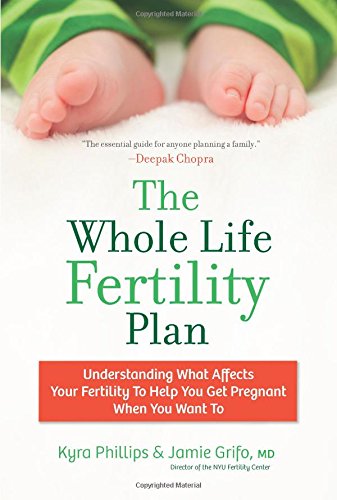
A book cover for The Whole Life Fertility Plan: Understanding What Affects Your Fertility To Help You Get Pregnant When You Want To; Kyra Phillips; Parenting & Relationships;